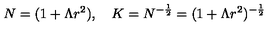
N = ( 1 + \Lambda r ^ { 2 } ) , \quad K = N ^ { - \frac { 1 } { 2 } } = ( 1 + \Lambda r ^ { 2 } ) ^ { - \frac { 1 } { 2 } }